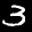
Label: 3